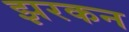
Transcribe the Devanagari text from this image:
झरकन